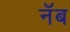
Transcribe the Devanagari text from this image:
नॅब